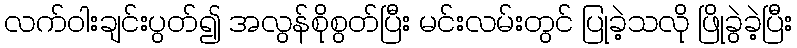
လက်ဝါးချင်းပွတ်၍ အလွန်စိုစွတ်ပြီး မင်းလမ်းတွင် ပြုခဲ့သလို ဖြိုခွဲခဲ့ပြီး